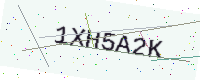
Text: 1XH5A2K